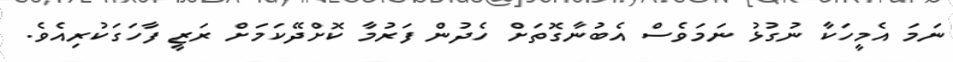
ނަމަ އެމީހަކާ ނުގުޅު ނަމަވެސް އެބުނާގޮތަށް ހެދުން ފަރުމާ ކޮށްދޭކަމަށް ރަޒީ ފާހަގަކުރިއެވެ.